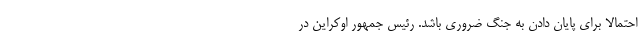
احتمالاً برای پایان دادن به جنگ ضروری باشد. رئیس جمهور اوکراین در